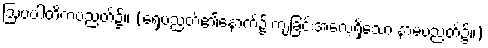
ဩပပါတိကပညတ်၌။ (ရှေ့ပညတ်၏နောက်၌ ကျခြင်းအလေ့ရှိသော နာမပညတ်၌။)